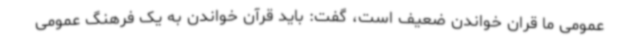
عمومی ما قران خواندن ضعیف است، گفت: باید قرآن خواندن به یک فرهنگ عمومی